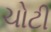
ચોટી